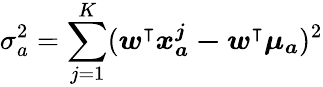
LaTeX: \sigma_{a}^{2}=\sum_{j=1}^{K}(\boldsymbol{w^{\intercal}x_{a}^{j}-w^{\intercal}\mu_{a}})^{2}